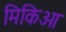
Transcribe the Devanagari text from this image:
मिकिओ